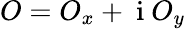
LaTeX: O=O_{x}+\mathrm{~i~}O_{y}